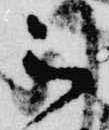
被